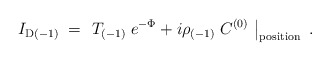
\begin{align*}I_{{\rm D}(-1)} \; = \; \left. T_{(-1)}\; e^{-\Phi}+ i \rho_{(-1)}\; C^{(0)}\ \right|_{\rm position} \ .\end{align*}